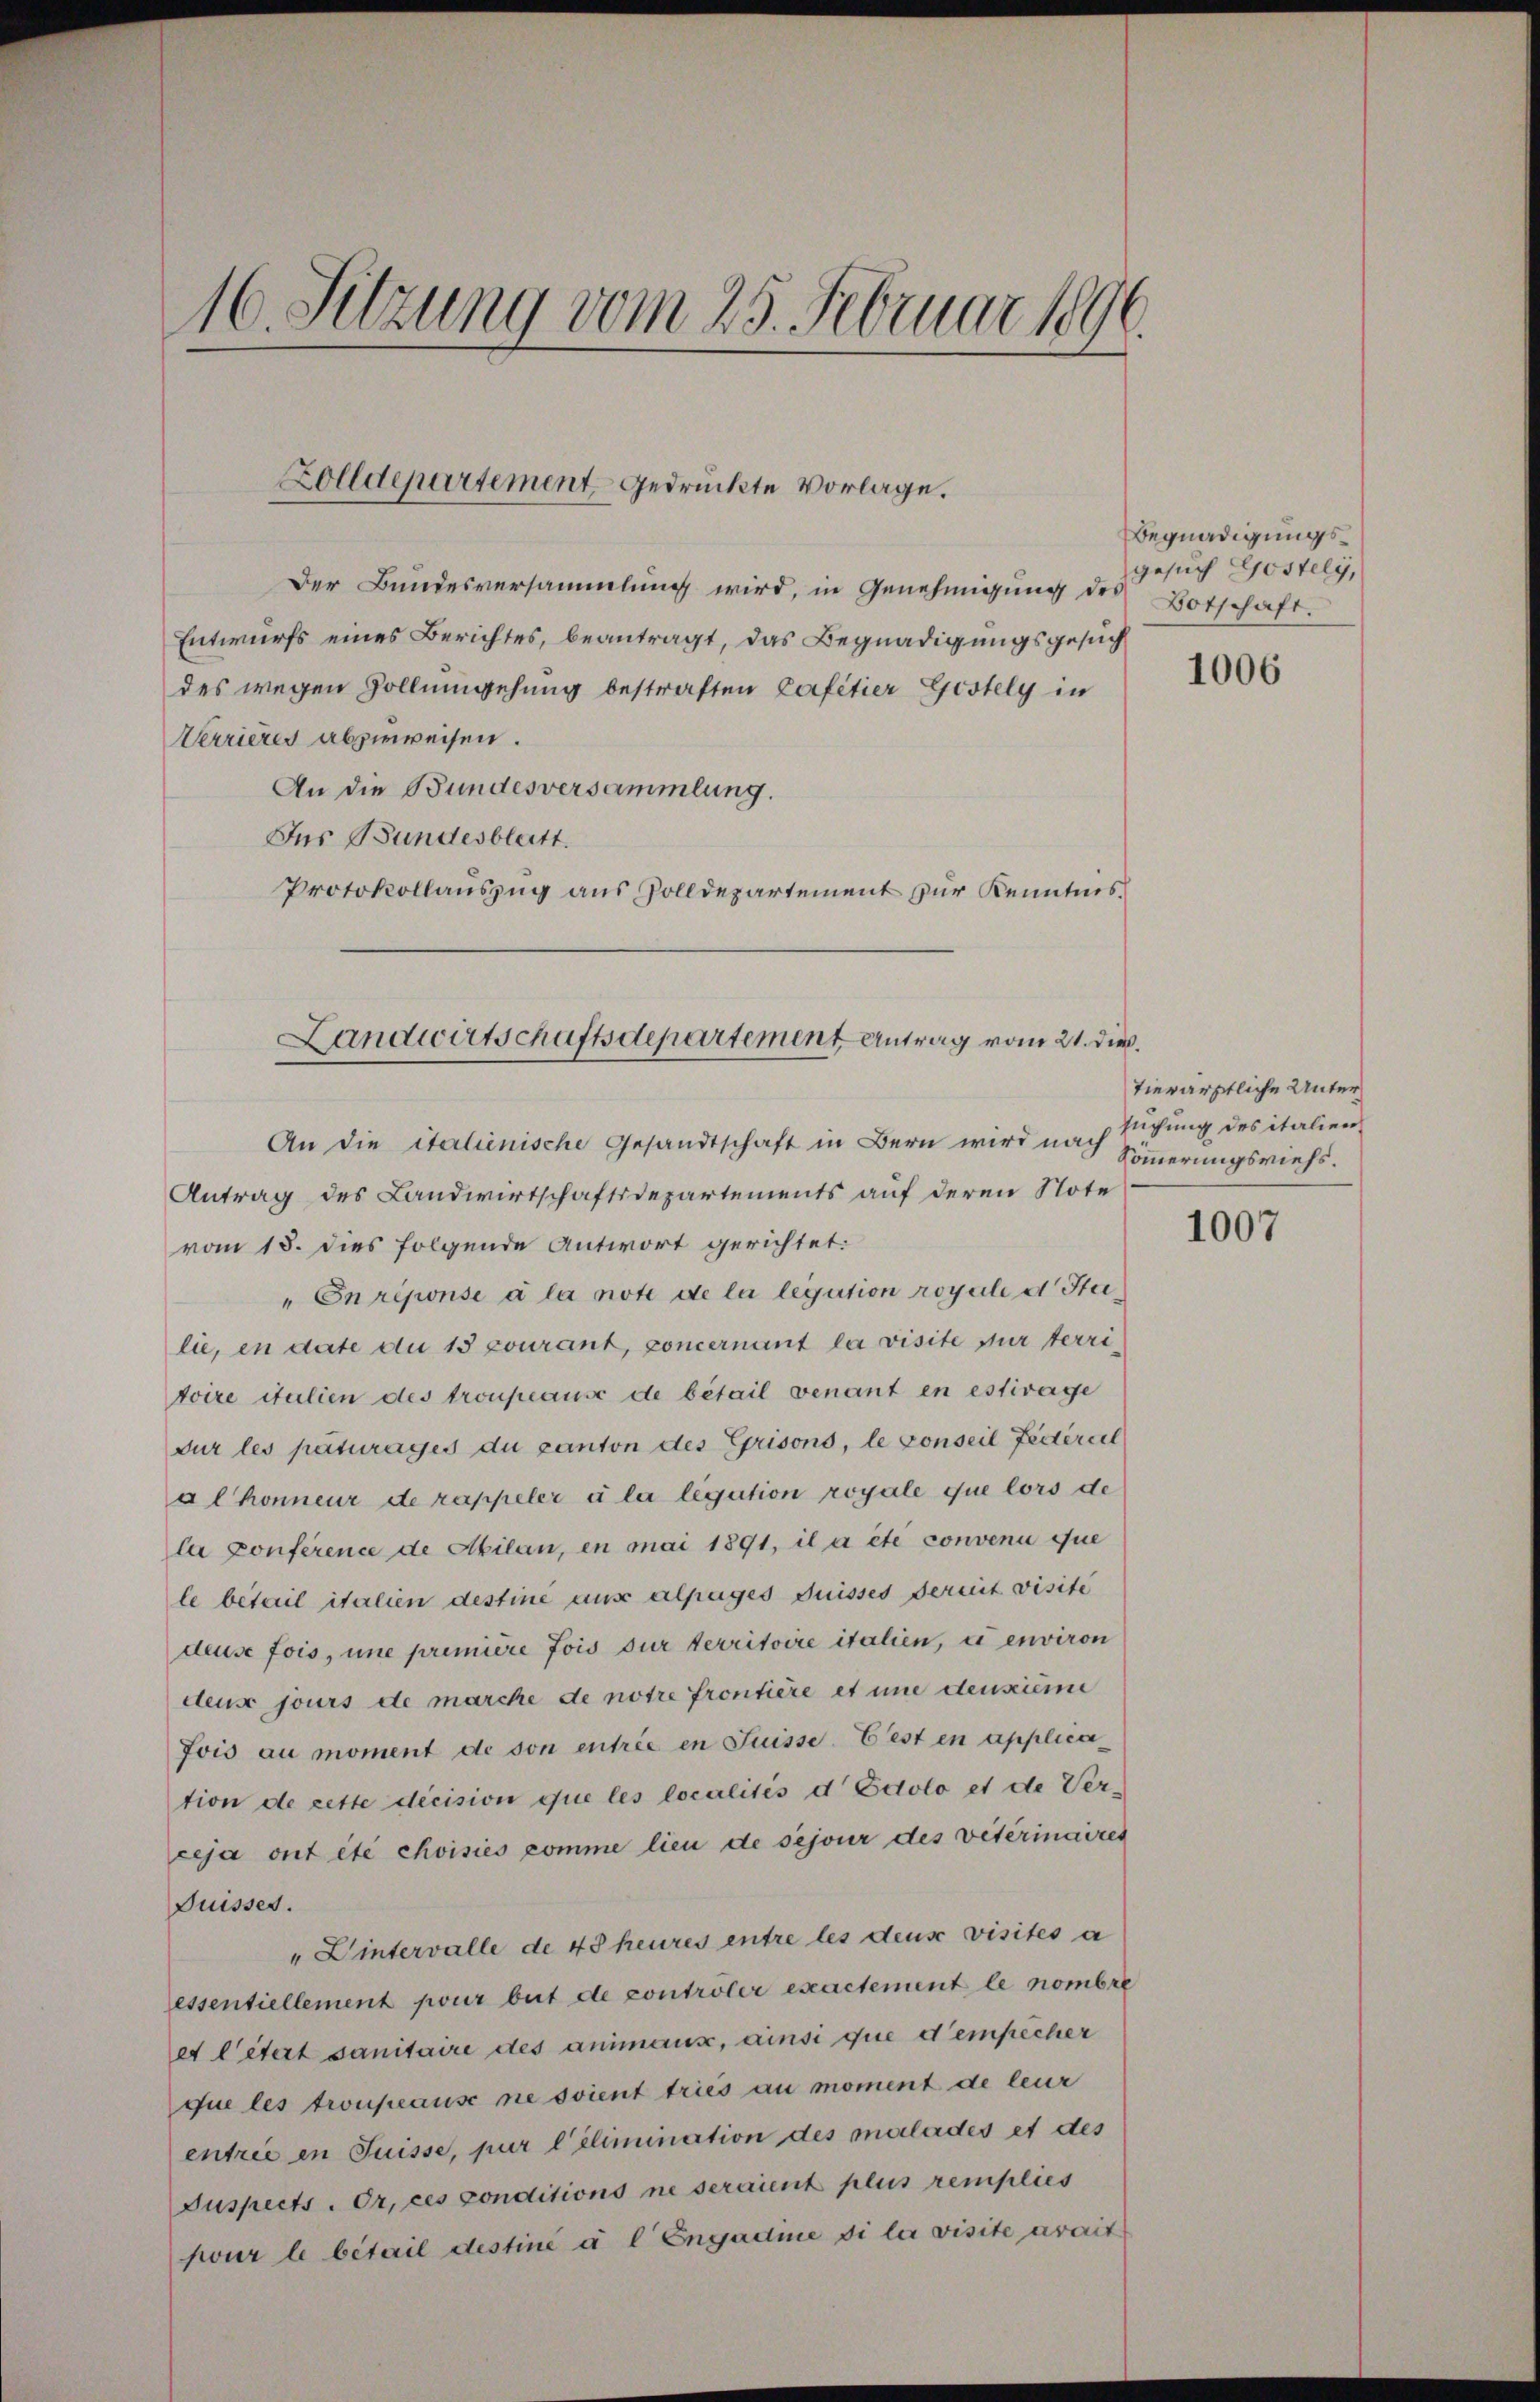
16. Sitzung vom 25. Februar 1890.

Zolldepartement gedruckte Vorlage.

Der Bundesversammlung wird, in Genehmigung des Botschaft.
Entwurfs eines Berichtes, beantragt, das Begnadigungsgesuch
des wegen Zollumgehung bestraften Cafetier Gestely in
Verrieres abzuweisen.
An die Bundesversammlung.
Des Bundesblatt.
Protokollauszug aus Zolldepartement zur Kenntnis

Landwirtschaftsdepartement Antrag vom 21. dieß.

An die Italienische Gesandtschaft in Bern wird nach
Antrag des Landwirtschaftsdepartements auf deren Note
vom 18. dies folgende Antwort gerichtet:
"Enreponse à la note de la legation royale d Stulie, in date du 15 courant, concernant la visite für territoire itulien des troupause de bétail venant en estivage
dur les paturages du canton des Grisons, le conseil Federsel
alhonneur de rappeler à la légution royale que lors de
la Conference de Abilan, en mai 1891, il a été convenu que
le betail italien destine aus alpages Suisses dermit visite
deuse fois, une première fois sur territoire italien, u environ
deus jours de marche de notre frontière et une densieme
Jois au moment de son entrée en Suisse. Ersten applica
tion de cette decision que les localités d Edolo et de Ver-
ceja ont été choisiés pomme lieu de sejour des veterinaires
Suisses.
"Wintervalle de 48 heures entre les deus visites a
essentiellement pour but de controler exactement le nombre
et litert sanitaire des animaux, ainsi que d’empêcher
que les troupeaus ne soient tries au moment de leur
entrie in Suisse, pur elimination des malades et des
Suspects - Or, ces conditions ne seraient plus remplies
pour le bétail destine a l Engadie si la visite drait

Begnadigungsgesuch Gostely,

1006

tierärztliche Unter
suchung des italien
Sömmerungsviehs.

1007